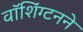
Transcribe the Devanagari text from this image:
वॉशिंग्टनने